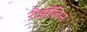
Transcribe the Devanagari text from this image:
रोझॅलिन